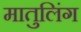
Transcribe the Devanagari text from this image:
मातुलिंग